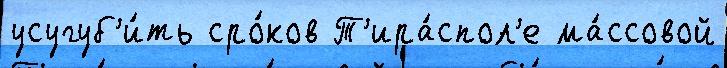
усугуб'и́ть сро́ков Т'ира́спол'е ма́ссовой